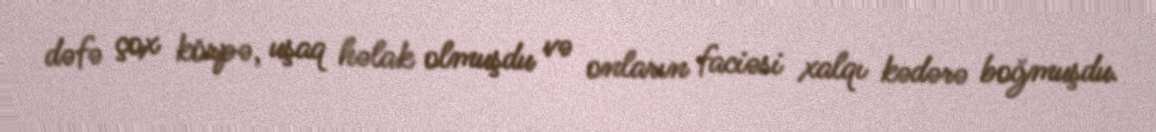
dəfə çox körpə, uşaq həlak olmuşdu və onların faciəsi xalqı kədərə boğmuşdu.